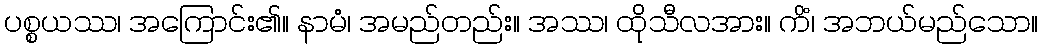
ပစ္စယဿ၊ အကြောင်း၏။ နာမံ၊ အမည်တည်း။ အဿ၊ ထိုသီလအား။ ကိံ၊ အဘယ်မည်သော။